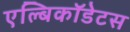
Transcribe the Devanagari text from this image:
एल्बिकॉडेटस